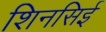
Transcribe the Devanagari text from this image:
शिनसिई